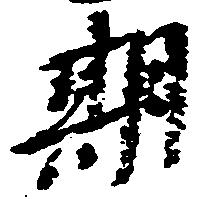
期